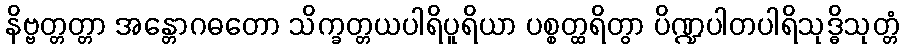
နိဗ္ဗတ္တတ္တာ အန္တောဂဓတော သိက္ခတ္တယပါရိပူရိယာ ပစ္စတ္ထရိတွာ ပိဏ္ဍပါတပါရိသုဒ္ဓိသုတ္တံ